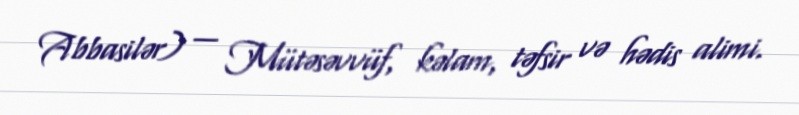
Abbasilər) — Mütəsəvvüf, kəlam, təfsir və hədis alimi.